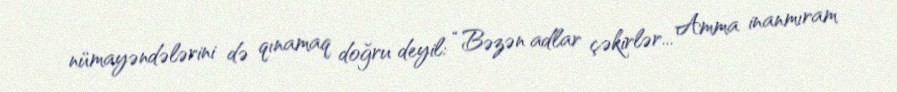
nümayəndələrini də qınamaq doğru deyil: “Bəzən adlar çəkirlər... Amma inanmıram